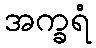
အက္ခရံ